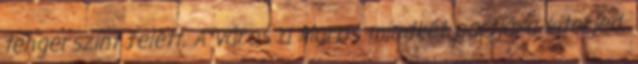
tengerszint felett. A város a Maros mindkét partjára kiterjed,